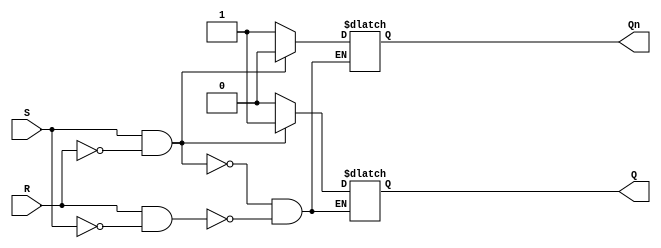
module sr_flipflop(
    input S, // Set input
    input R, // Reset input
    output reg Q, // Output Q
    output reg Qn // Output Qn
);

    always @(S, R) begin
        if (S && !R) begin
            Q <= 1'b1; // Set Q to high
            Qn <= 1'b0; // Set Qn to low
        end else if (R && !S) begin
            Q <= 1'b0; // Reset Q to low
            Qn <= 1'b1; // Set Qn to high
        end
    end

endmodule